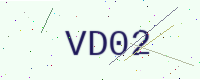
Text: VD02